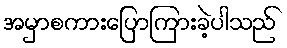
အမှာစကားပြောကြားခဲ့ပါသည်